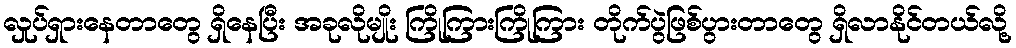
လှုပ်ရှားနေတာတွေ ရှိနေပြီး အခုလိုမျိုး ကြိုကြားကြိုကြား တိုက်ပွဲဖြစ်ပွားတာတွေ ရှိလာနိုင်တယ်လို့